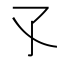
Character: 孓